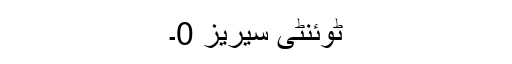
ٹوئنٹی سیریز 0۔